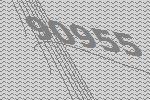
90955